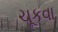
ચૂકવા